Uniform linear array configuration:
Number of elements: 4
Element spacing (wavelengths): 0.5
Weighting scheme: exponential
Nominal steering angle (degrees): -60
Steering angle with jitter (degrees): -60.582
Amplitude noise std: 0.05
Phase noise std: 0.05

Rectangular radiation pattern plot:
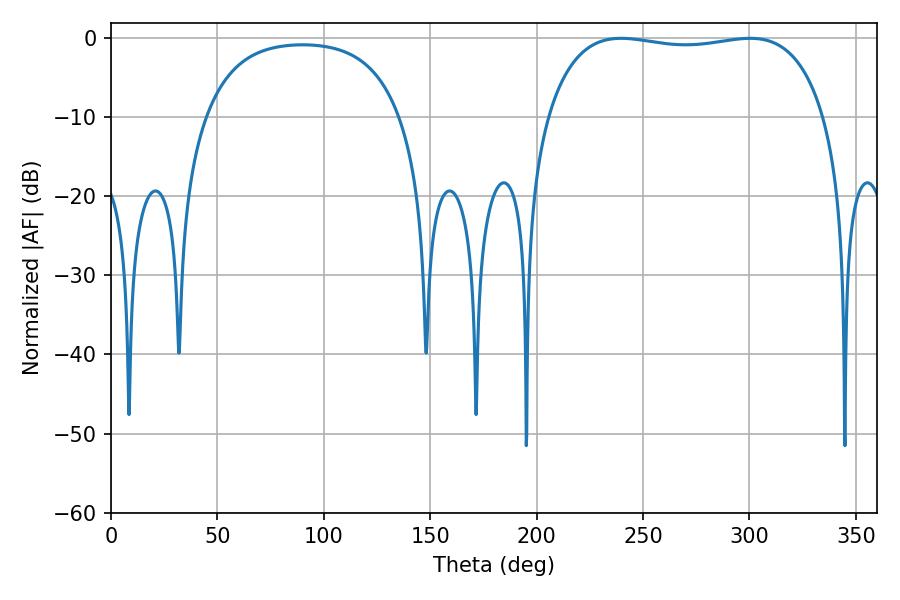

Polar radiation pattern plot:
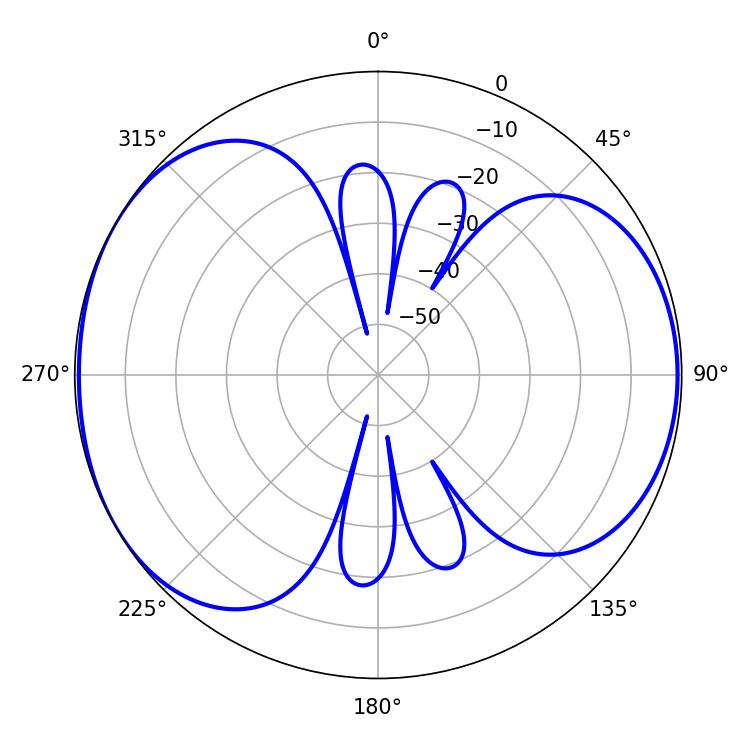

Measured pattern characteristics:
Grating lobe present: FALSE
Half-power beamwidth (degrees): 105.12
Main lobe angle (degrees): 239.76